Medical and sanitary report of the native army of Bengal for the year
Year: 1874
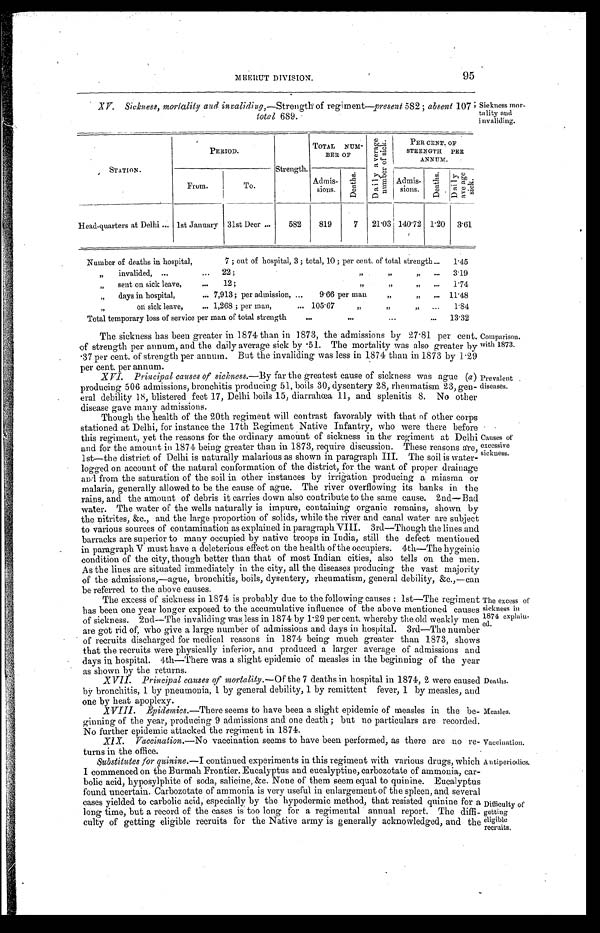
MEERUTT DIVISION.
95
X V . S i c k n e s s , m o r t a l i t y a n d i n v a l i d i n g , — S t r e n g t h o f r e g i m e n t — p r e s e n t 5 8 2 ; a b s e n t 1 0 7
total 689.
Siekness mor
-
tality and
invaliding.
STATION.
PERIOD.
Strength.
TOTAL NUM-
BER OF
D a i l y a v e r a g e n u m b e r o f s i c k .
PER CENT. OF
STRENGTH PER
ANNUM.
From.
To.
Admis-
sions.
D e a t h s .
Admis-
s i o n s .
D e a t h s .
D a i l y a v e a g e s i c k .
Head-quarters at Delhi . . . 1st January
31st Decr . . .
582
819
7
21.03 140.72
1.20
3.61
Number of deaths in hospital, 7 ; out of hospital, 3 ; total, 10 ; per cent. of total strength . . .
1.45
" invalided, . . . 22 ; " " " . . .
3.19
" Sent on sick leave, . . . 12; " " " . . .
1.74
" days in hospital, . . . 7,913; per admission, . . . 9.66 per man " " . . .
11.48
" on sick leave, . . . 1,268; per man, . . . 105.67 " " " . . .
1.84
Total temporary loss of service per man of total strength . . .
13.32
The sickness has been greater in 1874 than in 1873, the admissions by 27.81 per cent
of strength per annum, and the daily average sick by .51. The mortality was also greater by
.37 per cent. of strength per annum. But the invaliding was less in 1874 than in 1873 by 1.29
per cent. per annum.
XVI. Principal causes of sickness.—By tar the greatest cause of sickness was ague (a)
producing 506 admissions, bronchitis producing 51, boils 30, dysentery 28, rheumatism 23, gen
-
eral debility 18, blistered feet 17, Delhi boils 15, diarrahœa 11, and splenitis 8. No other
disease gave many admissions.
Comparison.
with 1873.
Prevalent
diseases.
Though the health of the 20th regiment will contrast favorably with that of other corps
stationed at Delhi, for instance the 17th Regiment Native Infantry, who were there before
this regiment, yet the reasons for the ordinary amount of sickness in the regiment at Delhi
and for the amount in 1874 being greater than in 1873, require discussion. These reasons are,
lst—the district of Delhi is naturally malarious as shown in paragraph III. The soil is water
-
logged on account of the natural conformation of the district, for the want of proper drainage
and from the saturation of the soil in other instances by irrigation producing a miasma or
malaria, generally allowed to be the cause of ague. The river overflowing its banks in the
rains, and the amount of debris it carries down also contribute to the same cause. 2nd— Bad
water. The water of the wells naturally is impure, containing organic remains, shown by
the nitrites, &c., and the large proportion of solids, while the river and canal water are subject
to various sources of contamination as explained in paragraph VIII. 3rd—Though the lines and
barracks are superior to many occupied by native troops in India, still the defect mentioned
in paragraph V must have a deleterious effect on the health of the occupiers. 4th—The hygeinic
condition of the city, though better than that of most Indian cities, also tells on the men.
As the lines are situated immediately in the city, all the diseases producing the vast majority
of the admissions,—ague, bronchitis, boils, dysentery, rheumatism, general debility, &c.,—can
be referred to the above causes.
The excess of sickness in 1874 is probably due to the following causes : 1st—The regiment
has been one year longer exposed to the accumulative influence of the above mentioned causes
of sickness. 2nd—The invaliding was less in 1874 by 1.29 per cent. whereby the old weakly men
are got rid of, who give a large number of admissions and days in hospital. 3rd—The number
of recruits discharged for medical reasons in 1874 being much greater than 1873, shows
that the recruits were physically inferior, anu produced a larger average of admissions and
days in hospital. 4th—There was a slight epidemic of measles in the beginning of the year
as shown by the returns.
Causes of
excessive
sickness.
The excess of
sickness in
1874 explaiu-
ed.
XVII. Principal causes of mortality.— Of the 7 deaths in hospital in 1874, 2 were caused
by bronchitis, 1 by pneumonia, 1 by general debility, 1 by remittent fever, 1 by measles, and
one by heat apoplexy.
XVIII. Epidemics.—There seems to have been a slight epidemic of measles in the be
-
ginning of the year, producing 9 admissions and one death ; but no particulars are recorded
No further epidemic attacked the regiment in 1874.
Deaths.
Measles.
XIX. Vaccination.— No vaccination seems to have been performed, as there are no re
-
turne in the office.
Substitutes for quinine.—I
continued experiments in tins regiment with various drugs, which
I commenced on the Burmah Frontier. Eucalyptus and eucalyptine, carbozotate of ammonia, car
-
bolic acid, hyposylphite of soda, salicine, &c. None of them seem equal to quinine. Eucalyptus
found uncertain. Carbozotate of ammonia is very useful in enlargement of the spleen, and several
cases yielded to carbolic acid, especially by the hypodermic method, that resisted quinine for a
long time, but a record of the cases is too long for a regimental annual report. The diffi
-
culty of getting eligible recruits for the Native army is generally acknowledged, and the
Vaccination.
Antiperiodics.
Difficulty of
getting
eligible
recruits.